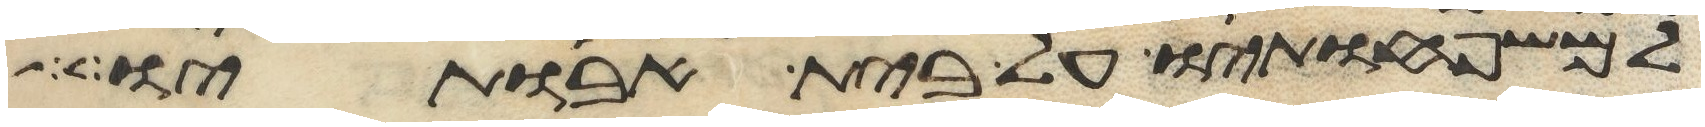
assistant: למשפחותיו על בית אבותיו